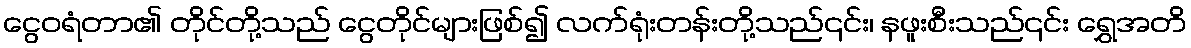
ငွေဝရံတာ၏ တိုင်တို့သည် ငွေတိုင်များဖြစ်၍ လက်ရုံးတန်းတို့သည်၎င်း၊ နဖူးစီးသည်၎င်း ရွှေအတိ